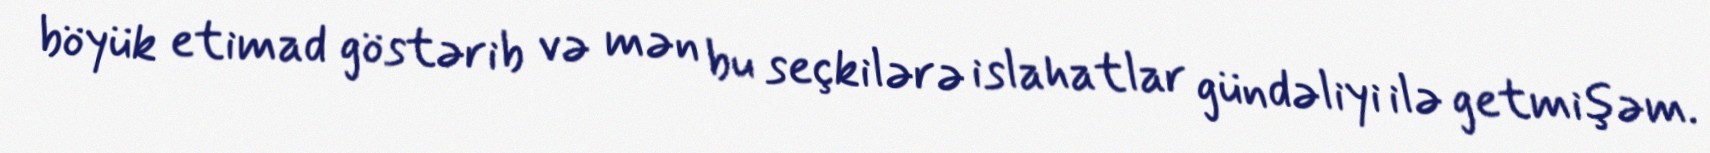
böyük etimad göstərib və mən bu seçkilərə islahatlar gündəliyi ilə getmişəm.